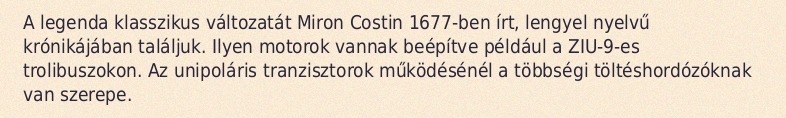
A legenda klasszikus változatát Miron Costin 1677-ben írt, lengyel nyelvű krónikájában találjuk. Ilyen motorok vannak beépítve például a ZIU-9-es trolibuszokon. Az unipoláris tranzisztorok működésénél a többségi töltéshordózóknak van szerepe.